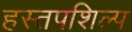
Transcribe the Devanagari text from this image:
हस्तपशिल्प